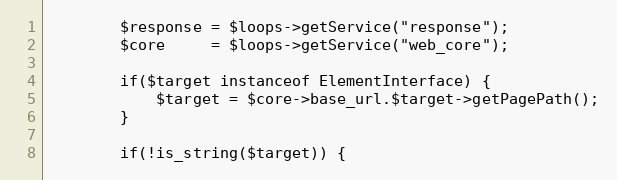
Language: PHP
        $response = $loops->getService("response");
        $core     = $loops->getService("web_core");

        if($target instanceof ElementInterface) {
            $target = $core->base_url.$target->getPagePath();
        }

        if(!is_string($target)) {